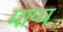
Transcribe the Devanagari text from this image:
माप्य